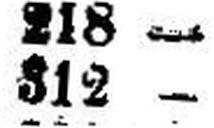
312 —